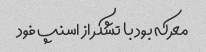
معرکه بود با تشکر از اسنپ فود